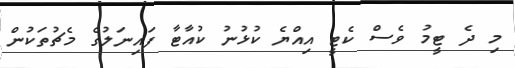
މި ދެ ޓީމު ވެސް ކެޓީ އިއްޔެ ކުޅުނު ކުއާޓާ ފައިނަލުގެ މެޗުތަކުން